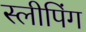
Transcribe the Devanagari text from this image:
स्‍लीपिंग